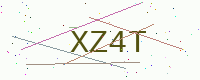
Text: XZ4T